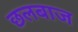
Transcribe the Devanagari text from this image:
छलबाज